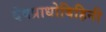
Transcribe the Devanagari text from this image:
देवप्राधोबिहिनी